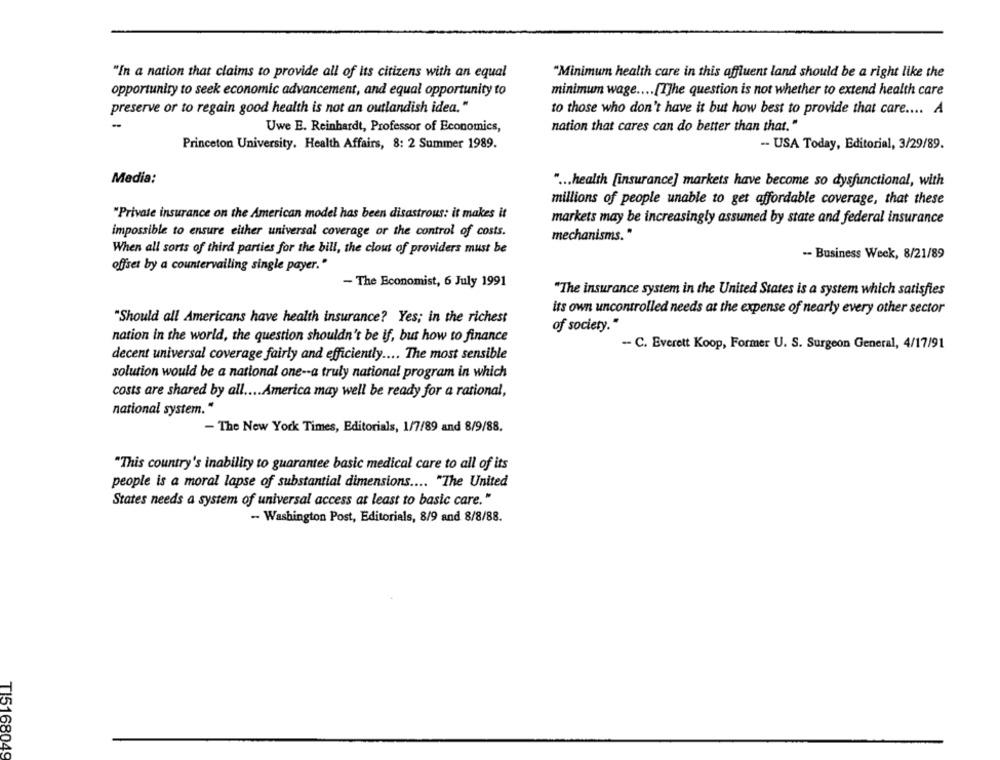
"In a nation that claims to provide all of its citizens with an equal
"Minimum health care in this affluent land should be a right like the
minimum wage .... [T]he question is not whether to extend health care
opportunity to seek economic advancement, and equal opportunity to
preserve or to regain good health is not an outlandish idea."
to those who don't have it but how best to provide that care .... A
Uwe E. Reinhardt, Professor of Economics,
nation that cares can do better than that."
Princeton University. Health Affairs, 8: 2 Summer 1989.
-- USA Today, Editorial, 3/29/89.
Media:
" ... health [insurance] markets have become so dysfunctional, with
millions of people unable to get affordable coverage, that these
"Private insurance on the American model has been disastrous: it makes it
markets may be increasingly assumed by state and federal insurance
impossible to ensure either universal coverage or the control of costs.
mechanisms."
When all sorts of third parties for the bill, the clout of providers must be
-- Business Week, 8/21/89
offset by a countervailing single payer."
- The Economist, 6 July 1991
"The insurance system in the United States is a system which satisfies
its own uncontrolled needs at the expense of nearly every other sector
"Should all Americans have health insurance? Yes; in the richest
of society."
nation in the world, the question shouldn't be if, but how to finance
- C. Everett Koop, Former U. S. Surgeon General, 4/17/91
decent universal coverage fairly and efficiently .... The most sensible
solution would be a national one -- a truly national program in which
costs are shared by all .... America may well be ready for a rational,
national system."
- The New York Times, Editorials, 1/7/89 and 8/9/88.
"This country's inability to guarantee basic medical care to all of its
people is a moral lapse of substantial dimensions .... "The United
States needs a system of universal access at least to basic care."
-- Washington Post, Editorials, 8/9 and 8/8/88.
TI5168049